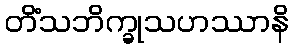
တိံသဘိက္ခုသဟဿာနိ